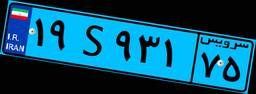
۱۹S۹۳۱۷۵